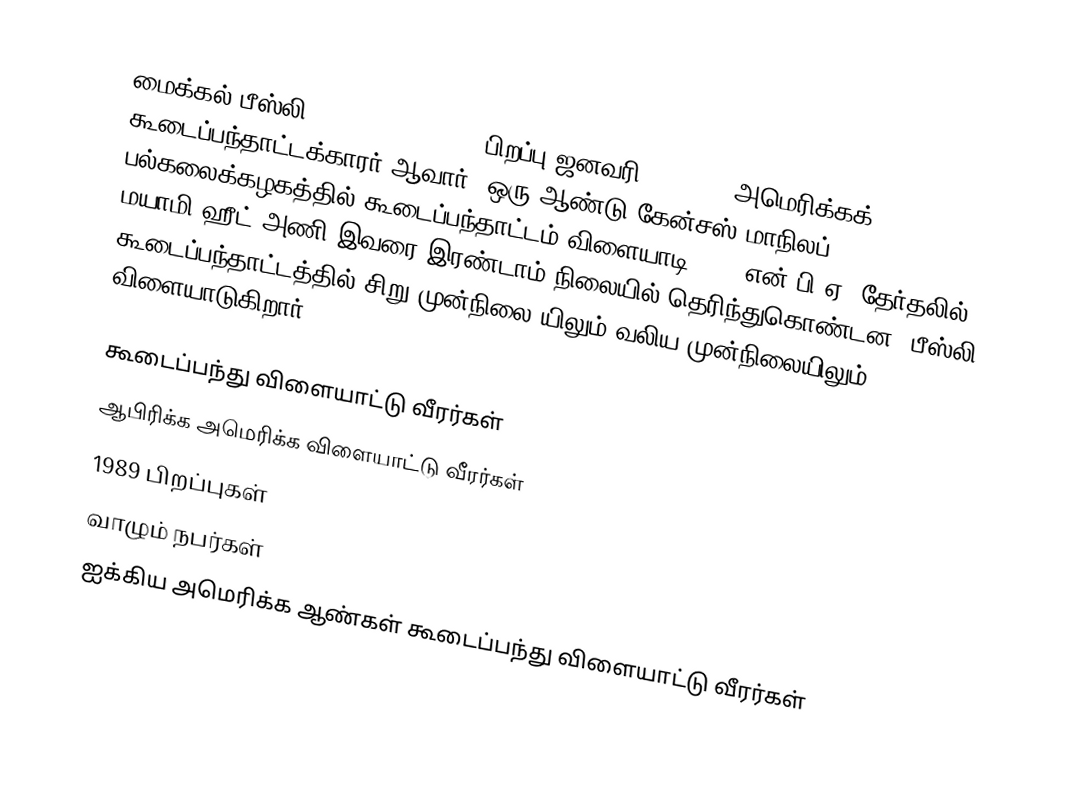
மைக்கல் பீஸ்லி (Michael Beasley, பிறப்பு ஜனவரி 9, 1989) அமெரிக்கக் கூடைப்பந்தாட்டக்காரர் ஆவார். ஒரு ஆண்டு கேன்சஸ் மாநிலப் பல்கலைக்கழகத்தில் கூடைப்பந்தாட்டம் விளையாடி 2008 என்.பி.ஏ. தேர்தலில் மயாமி ஹீட் அணி இவரை இரண்டாம் நிலையில் தெரிந்துகொண்டன. பீஸ்லி கூடைப்பந்தாட்டத்தில் சிறு முன்நிலை யிலும் வலிய முன்நிலையிலும் விளையாடுகிறார்.

கூடைப்பந்து விளையாட்டு வீரர்கள்
ஆபிரிக்க அமெரிக்க விளையாட்டு வீரர்கள்
1989 பிறப்புகள்
வாழும் நபர்கள்
ஐக்கிய அமெரிக்க ஆண்கள் கூடைப்பந்து விளையாட்டு வீரர்கள்